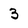
Character: 3